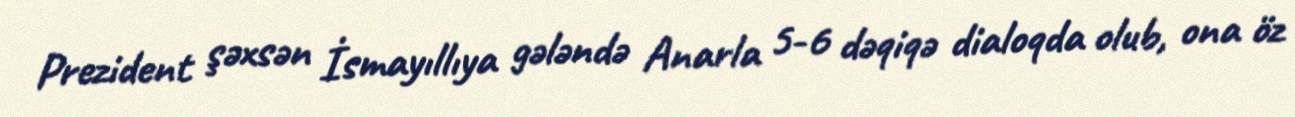
Prezident şəxsən İsmayıllıya gələndə Anarla 5-6 dəqiqə dialoqda olub, ona öz